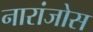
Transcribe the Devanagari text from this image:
नारांजोस